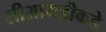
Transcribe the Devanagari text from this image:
सीआयडीकडे